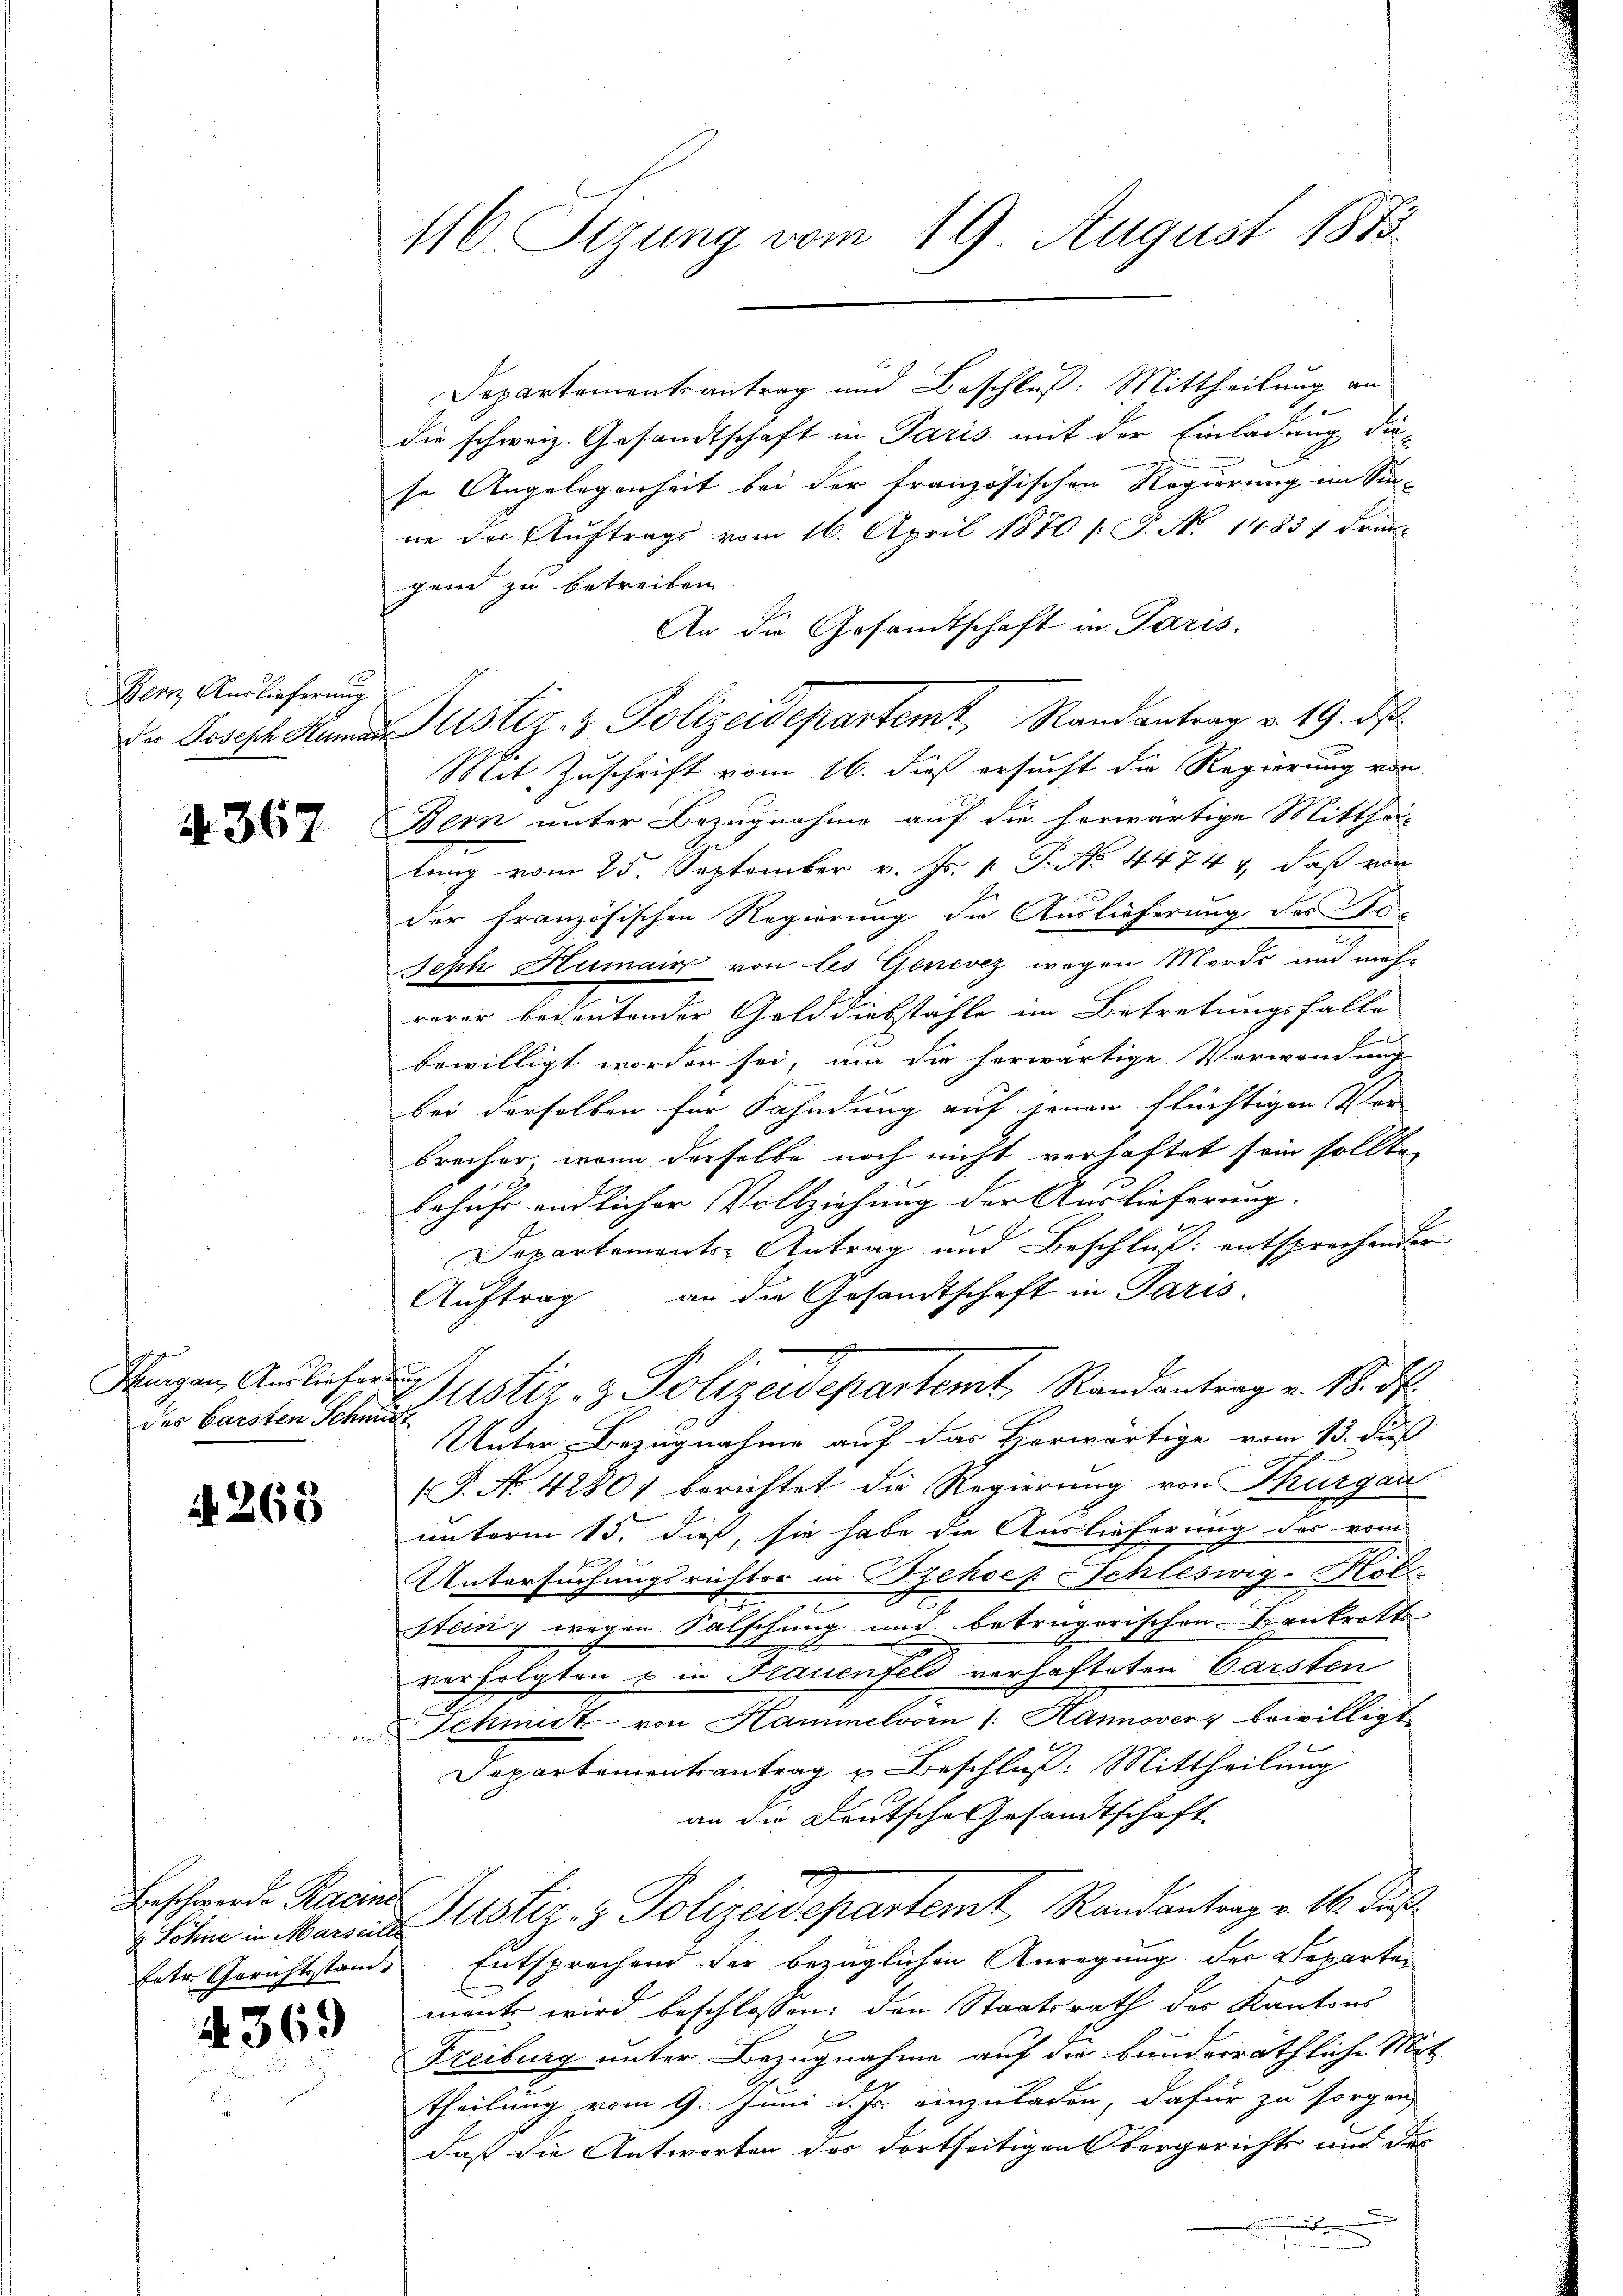
Bern Auslieferung.

A 367

Thurgau, Ausliefer aus.
der barsten Schmitt

A. 265

Beschwerde Racinis

436.

116. Sizung vom 19. August 1873

Ehe
die schweiz. Gesandtschaft in Paris mit der Einladung diese Angelegenheit bei der französischen Regierung im Sin-
ne der Auftrags vom 16. April 1870 [ P. No 1483, Frie-
gend zu betreiben.
An die Gesandtschaft in Paris.
Mit Zuschrift vom 16. dieß ersucht die Regierung von
Bern unter Bezugnahme auf die herwärtige Mitthei-
lung vom 25. September v. Js. 1. P. No 4474 & daß von
der französischen Regierung die Auslieferung des 0
Jeph Humair von les Genevez wegen Mords und mehrerer bedeutender Gelddiebstähle im Betretungsfalle
bewilligt worden sei, um die herwärtige Verwendung
bei derselben für Fahndung auf jenen flüchtigen Ver
bracher, wenn derselbe noch nicht verhaftet sein sollte
behufe endlicher Vollziehung der Auslieferung.
Departements-Antrag und Beschluß: entsprechender
Auftrag an die Gesandtschaft in Paris.
Justiz- & Polizeidepartemt, Randantrag v. 18. d.
Unter, Bezugnahme auf das Horwärtige vom 13. Fuß
(P. No 42801 berichtet die Regierung von Thurgau
unterm 15. dieß, sie habe die Auslieferung des vom
Untersuchungsrichter in Behoer Schleswig-Hol
.
Stein wegen Falschung und betrügerischen Krankrotts
verfolgten & in Frauenfeld verhafteten Carsten
Schmidt von Hammelvorn 1: Hannovery bewilligt

Departementantrag u Beschluß: Mittheilung
an die Deutsche Gesandtschaft
iten in Maria Justiz- & Polizeidepartemt, Randantrag v. 16. Jus
hetr. Gerichtsstands Entsprechend der bezüglichen Anregung der Departen
mante wird beschlossen: den Staatsrath des Kantons
Freiburg unter Bezugnahme auf die bunderräthliche Mit
theilung vom 9. Juni d. Js. einzuladen, dafür zu sorgen,
daß die Antworten des dortseitigen bergericht und des
 Fe

Da Joseph Hamian Justiz- & Polizeidepartemt Randantrag v. 19. ds.

Departementsantrag und Beschluß: Mittheilung an